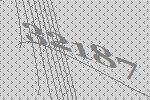
32187